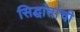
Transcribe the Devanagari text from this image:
सिद्घांतांची